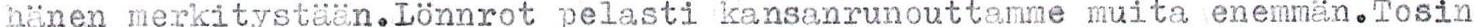
hänen merkitystään.Lönnrot pelasti kansanrunouttamme muita enemmän.Tosin